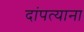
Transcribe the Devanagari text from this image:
दांपत्याना